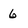
Character: 6